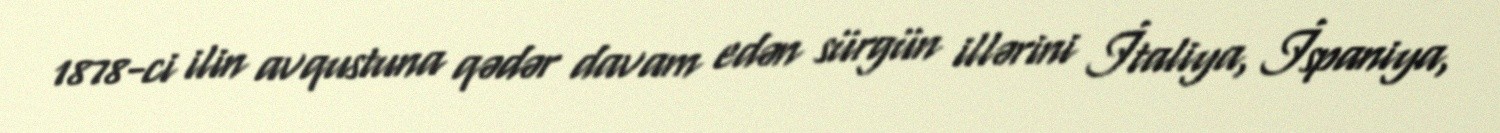
1878-ci ilin avqustuna qədər davam edən sürgün illərini İtaliya, İspaniya,